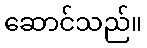
ဆောင်သည်။